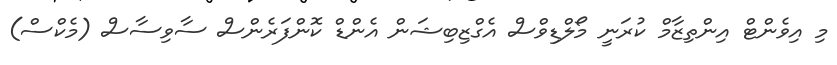
މި އިވެންޓް އިންތިޒާމް ކުރަނީ މޯލްޑިވްސް އެގްޒިބިޝަން އެންޑް ކޮންފަރެންސް ސާވިސާސް (މެކްސް)